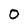
Character: O